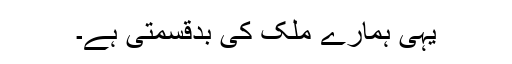
یہی ہمارے ملک کی بدقسمتی ہے۔